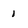
Character: 1